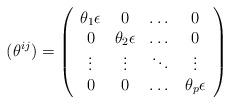
LaTeX: \begin{align*}(\theta^{ij}) = \left( \begin{array}{cccc} \theta_{1}{\bf \epsilon} & 0 & \dots & 0\\0 & \theta_{2}{\bf \epsilon} & \dots & 0\\\vdots & \vdots & \ddots & \vdots\\0 & 0 & \dots & \theta_{p}{\bf \epsilon} \end{array} \right)\end{align*}